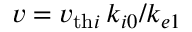
v = v _ { \mathrm { t h } i } \, k _ { i 0 } / k _ { e 1 }